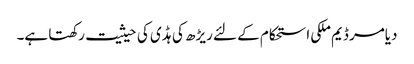
دیامر ڈیم ملکی استحکام کے لئے ریڑھ کی ہڈی کی حیثیت رکھتا ہے۔